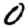
Digit: 0